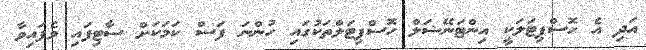
އަދި އެ ހޮސްޕިޓަލަކީ އިންޓަނޭޝަލް ހޮސްޕިޓަލްތަކުގައި ހުންނަ ފަސް ކަމަކަށް ސާޓިފައި ވެފައިވާ